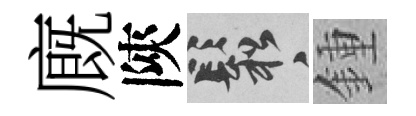
廐陝鬆鍾